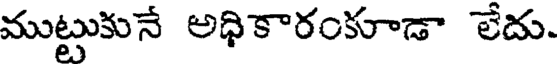
ముట్టుకునే అధికారంకూడా లేదు.